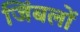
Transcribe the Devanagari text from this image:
जिंबलों